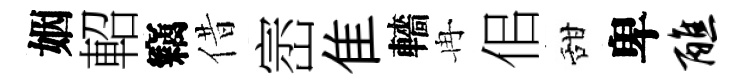
姻軺竊借崈隹轖冉佀甜卑醮